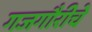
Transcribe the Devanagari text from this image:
गजगौरीचे